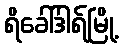
ရိခေါ်ဒါရ်မြို့